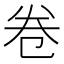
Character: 卷